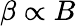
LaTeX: \beta\propto B